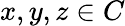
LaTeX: x,y,z\in C